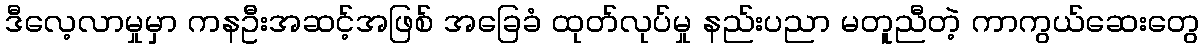
ဒီလေ့လာမှုမှာ ကနဦးအဆင့်အဖြစ် အခြေခံ ထုတ်လုပ်မှု နည်းပညာ မတူညီတဲ့ ကာကွယ်ဆေးတွေ